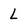
Character: L